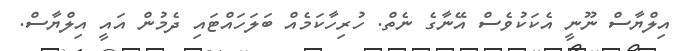
އިލްޔާސް ނޫނީ އެކަކުވެސް އޭނާގެ ނެތް. ހުރިހާކަމެއް ބަލަހައްޓައި ދެމުން އައީ އިލްޔާސް.